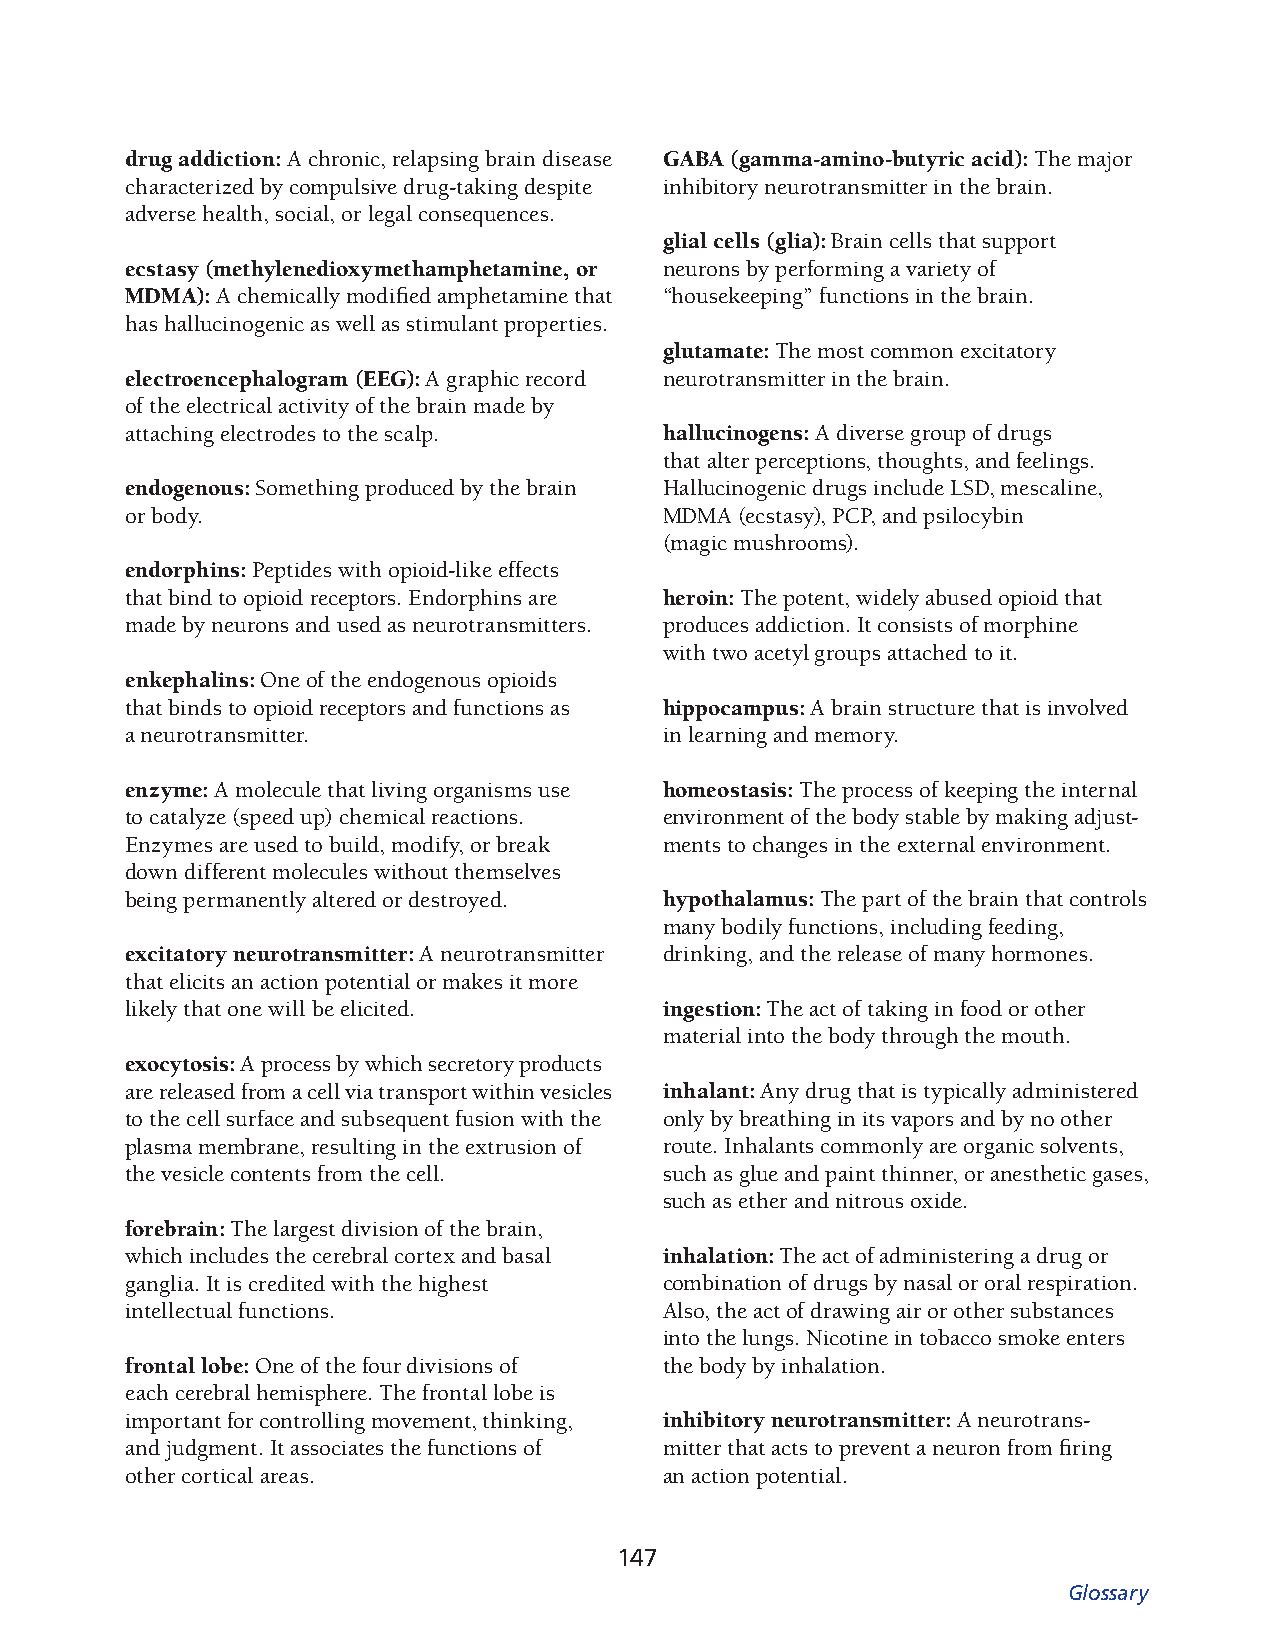
drug addiction: A chronic, relapsing brain disease GABA (gamma-amino-butyric acid): The major
 characterized by compulsive drug-taking despite inhibitory neurotransmitter in the brain.
 adverse health, social, or legal conse quences.
 glial cells (glia): Brain cells that support
 ecstasy (methylenedioxymethamphetamine, or neurons by performing a variety of
 MDMA): A chemically modified amphetamine that “housekeeping” func tions in the brain.
 has hallucinogenic as well as stimulant properties.
 glutamate: The most common excitatory
 electroencephalogram (EEG): A graphic record neurot ransmitter in the brain.
 of the electrical activity of the brain made by
 attach ing electrodes to the scalp. hallucinogens: A diverse group of drugs
 that alter perceptions, thoughts, and feelings.
 endogenous: Something produced by the brain Halluc inogenic drugs include LSD, mescaline,
 or body.                            MDMA (ecstasy), PCP, and psilocybin
 (magic mush rooms).
 endorphins: Peptides with opioid-like effects
 that bind to opioid receptors. Endorphins are heroin: The potent, widely abused opioid that
 made by neurons and used as neurotransmitters. produces addiction. It consists of morphine
 with two acetyl groups attached to it.
 enkephalins: One of the endogenous opioids
 that binds to opioid receptors and functions as hippocampus: A brain structure that is involved
 a neuro transmitter.                in learning and memory.
 enzyme: A molecule that living organisms use homeostasis: The process of keeping the internal
 to catalyze (speed up) chemical reactions. environment of the body stable by making adjust­
 Enzymes are used to build, modify, or break ments to changes in the external environment.
 down different molecules without themselves
 being permanently altered or destroyed. hypothalamus: The part of the brain that controls
 many bodily functions, including feeding,
 excitatory neurotransmitter: A neurotransmitter drinki ng, and the release of many hormones.
 that elicits an action potential or makes it more
 likely that one will be elicited.   ingestion: The act of taking in food or other
 material into the body through the mouth.
 exocytosis: A process by which secretory prod ucts
 are released from a cell via transport within vesicles inhalant: Any drug that is typically administered
 to the cell surface and subsequent fusion with the only by breathing in its vapors and by no other
 plasma membrane, resulting in the extrusion of route. Inhalants commonly are organic solv ents,
 the vesicle contents from the cell. such as glue and paint thinner, or anest hetic gases,
 such as ether and nitrous oxide.
 forebrain: The largest division of the brain,
 which includes the cerebral cortex and basal inhalation: The act of administering a drug or
 ganglia. It is credited with the highest combination of drugs by nasal or oral respiration.
 intellectual functions.             Also, the act of drawing air or other substances
 into the lungs. Nicotine in tobacco smoke enters
 frontal lobe: One of the four divisions of the body by inhalation.
 each cerebral hemisphere. The frontal lobe is
 import ant for controlling movement, thinking, inhibitory neurotransmitter: A neurotrans­
 and judgment. It associates the functions of mitter that acts to prevent a neuron from firing
 other cortical areas.               an action potential.
 147
 Glossary